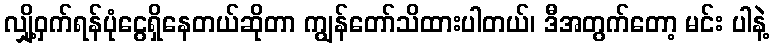
လျှို့ဝှက်ရန်ပုံငွေရှိနေတယ်ဆိုတာ ကျွန်တော်သိထားပါတယ်၊ ဒီအတွက်တော့ မင်း ပါနဲ့